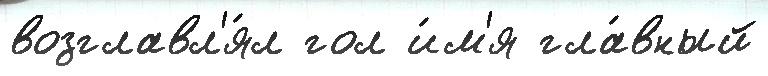
возглавл'я́л гол и́м'я гла́вный